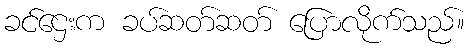
ခင်ဌေးက ခပ်ဆတ်ဆတ် ပြောလိုက်သည်။